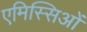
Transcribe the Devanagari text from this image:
एमिस्सिओं